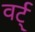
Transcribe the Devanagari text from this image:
वर्ट्